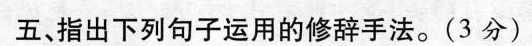
五指出下列句子运用的修辞手法。(3分)